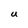
Character: U